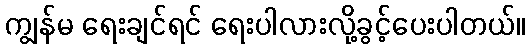
ကျွန်မ ရေးချင်ရင် ရေးပါလားလို့ခွင့်ပေးပါတယ်။